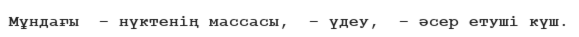
Мұндағы  – нүктенің массасы,  – үдеу,  – әсер етуші күш.